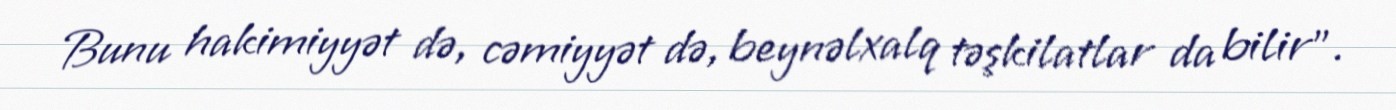
Bunu hakimiyyət də, cəmiyyət də, beynəlxalq təşkilatlar da bilir”.